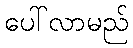
ပေါ်လာမည်